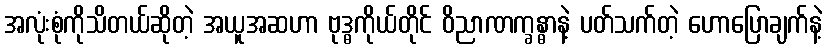
အလုံးစုံကိုသိတယ်ဆိုတဲ့ အယူအဆဟာ ဗုဒ္ဓကိုယ်တိုင် ဝိညာဏက္ခန္ဓာနဲ့ ပတ်သက်တဲ့ ဟောပြောချက်နဲ့